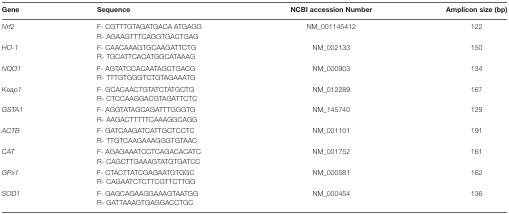
<table><thead><tr><td><b>Gene</b></td><td><b>Sequence</b></td><td><b>NCBI accession Number</b></td><td><b>Amplicon size (bp)</b></td></tr></thead><tbody><tr><td><i>Nrf2</i></td><td>F- CGTTTGTAGATGACA ATGAGG</td><td>NM_001145412</td><td>122</td></tr><tr><td></td><td>R- AGAAGTTTCAGGTGACTGAG</td><td></td><td></td></tr><tr><td><i>HO-1</i></td><td>F- CAACAAAGTGCAAGATTCTG</td><td>NM_002133</td><td>150</td></tr><tr><td></td><td>R- TGCATTCACATGGCATAAAG</td><td></td><td></td></tr><tr><td><i>NQO1</i></td><td>F- AGTATCCACAATAGCTGACG</td><td>NM_000903</td><td>134</td></tr><tr><td></td><td>R- TTTGTGGGTCTGTAGAAATG</td><td></td><td></td></tr><tr><td><i>Keap1</i></td><td>F- GCACAACTGTATCTATGCTG</td><td>NM_012289</td><td>167</td></tr><tr><td></td><td>R- CTCCAAGGACGTAGATTCTC</td><td></td><td></td></tr><tr><td><i>GSTA1</i></td><td>F- AGGTATAGCAGATTTGGGTG</td><td>NM_145740</td><td>129</td></tr><tr><td></td><td>R- AAGACTTTTTCAAAGGCAGG</td><td></td><td></td></tr><tr><td><i>ACTB</i></td><td>F- GATCAAGATCATTGCTCCTC</td><td>NM_001101</td><td>191</td></tr><tr><td></td><td>R- TTGTCAAGAAAGGGTGTAAC</td><td></td><td></td></tr><tr><td><i>CAT</i></td><td>F- AGAGAAATCCTCAGACACATC</td><td>NM_001752</td><td>161</td></tr><tr><td></td><td>R- CAGCTTGAAAGTATGTGATCC</td><td></td><td></td></tr><tr><td><i>GPx1</i></td><td>F- CTACTTATCGAGAATGTGGC</td><td>NM_000581</td><td>162</td></tr><tr><td></td><td>R- CAGAATCTCTTCGTTCTTGG</td><td></td><td></td></tr><tr><td><i>SOD1</i></td><td>F- GAGCAGAAGGAAAGTAATGG</td><td>NM_000454</td><td>136</td></tr><tr><td></td><td>R- GATTAAAGTGAGGACCTGC</td><td></td><td></td></tr></tbody></table>